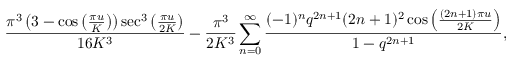
\frac { \pi ^ { 3 } \left( 3 - \cos \left( \frac { \pi u } { K } \right) \right) \sec ^ { 3 } \left( \frac { \pi u } { 2 K } \right) } { 1 6 K ^ { 3 } } - \frac { \pi ^ { 3 } } { 2 K ^ { 3 } } \sum _ { n = 0 } ^ { \infty } \frac { ( - 1 ) ^ { n } q ^ { 2 n + 1 } ( 2 n + 1 ) ^ { 2 } \cos \left( \frac { ( 2 n + 1 ) \pi u } { 2 K } \right) } { 1 - q ^ { 2 n + 1 } } ,